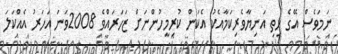
ނަމަވެސް އޭގެ ހިތި އަނިޔާވެރިކަމާއެކު އެކަން ކުރިމީހުންނަށް ޒަހަރައްވެ 2008ވަނަ އަހަރު އެއްކަލަ